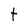
Character: t